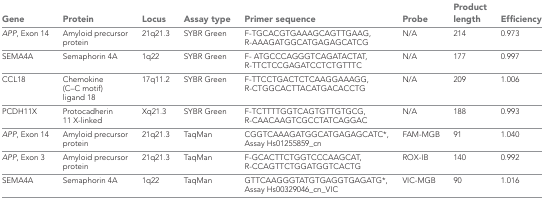
<table><thead><tr><td><b>Gene</b></td><td><b>Protein</b></td><td><b>Locus</b></td><td><b>Assay type</b></td><td><b>Primer sequence</b></td><td><b>Probe</b></td><td><b>Product length</b></td><td><b>Efficiency</b></td></tr></thead><tbody><tr><td><i>APP</i>, Exon 14</td><td>Amyloid precursor protein</td><td>21q21.3</td><td>SYBR Green</td><td>F-TGCACGTGAAAGCAGTTGAAG, R-AAAGATGGCATGAGAGCATCG</td><td>N/A</td><td>214</td><td>0.973</td></tr><tr><td>SEMA4A</td><td>Semaphorin 4A</td><td>1q22</td><td>SYBR Green</td><td>F- ATGCCCAGGGTCAGATACTAT, R-TTCTCCGAGATCCTCTGTTTC</td><td>N/A</td><td>177</td><td>0.997</td></tr><tr><td>CCL18</td><td>Chemokine (C–C motif) ligand 18</td><td>17q11.2</td><td>SYBR Green</td><td>F-TTCCTGACTCTCAAGGAAAGG, R-CTGGCACTTACATGACACCTG</td><td>N/A</td><td>209</td><td>1.006</td></tr><tr><td>PCDH11X</td><td>Protocadherin 11 X-linked</td><td>Xq21.3</td><td>SYBR Green</td><td>F-TCTTTTGGTCAGTGTTGTGCG, R-CAACAAGTCGCCTATCAGGAC</td><td>N/A</td><td>188</td><td>0.993</td></tr><tr><td><i>APP</i>, Exon 14</td><td>Amyloid precursor protein</td><td>21q21.3</td><td>TaqMan</td><td>CGGTCAAAGATGGCATGAGAGCATC*, Assay Hs01255859_cn</td><td>FAM-MGB</td><td>91</td><td>1.040</td></tr><tr><td><i>APP</i>, Exon 3</td><td>Amyloid precursor protein</td><td>21q21.3</td><td>TaqMan</td><td>F-GCACTTCTGGTCCCAAGCAT, R-CCAGTTCTGGATGGTCACTG</td><td>ROX-IB</td><td>140</td><td>0.992</td></tr><tr><td>SEMA4A</td><td>Semaphorin 4A</td><td>1q22</td><td>TaqMan</td><td>GTTCAAGGGTATGTGAGGTGAGATG*, Assay Hs00329046_cn_VIC</td><td>VIC-MGB</td><td>90</td><td>1.016</td></tr></tbody></table>